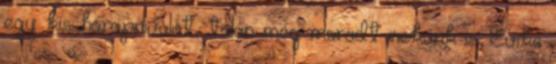
egy kis harapnivalót, talán még maradt nekünk is. Évike